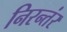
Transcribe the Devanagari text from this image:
निरन्तंर